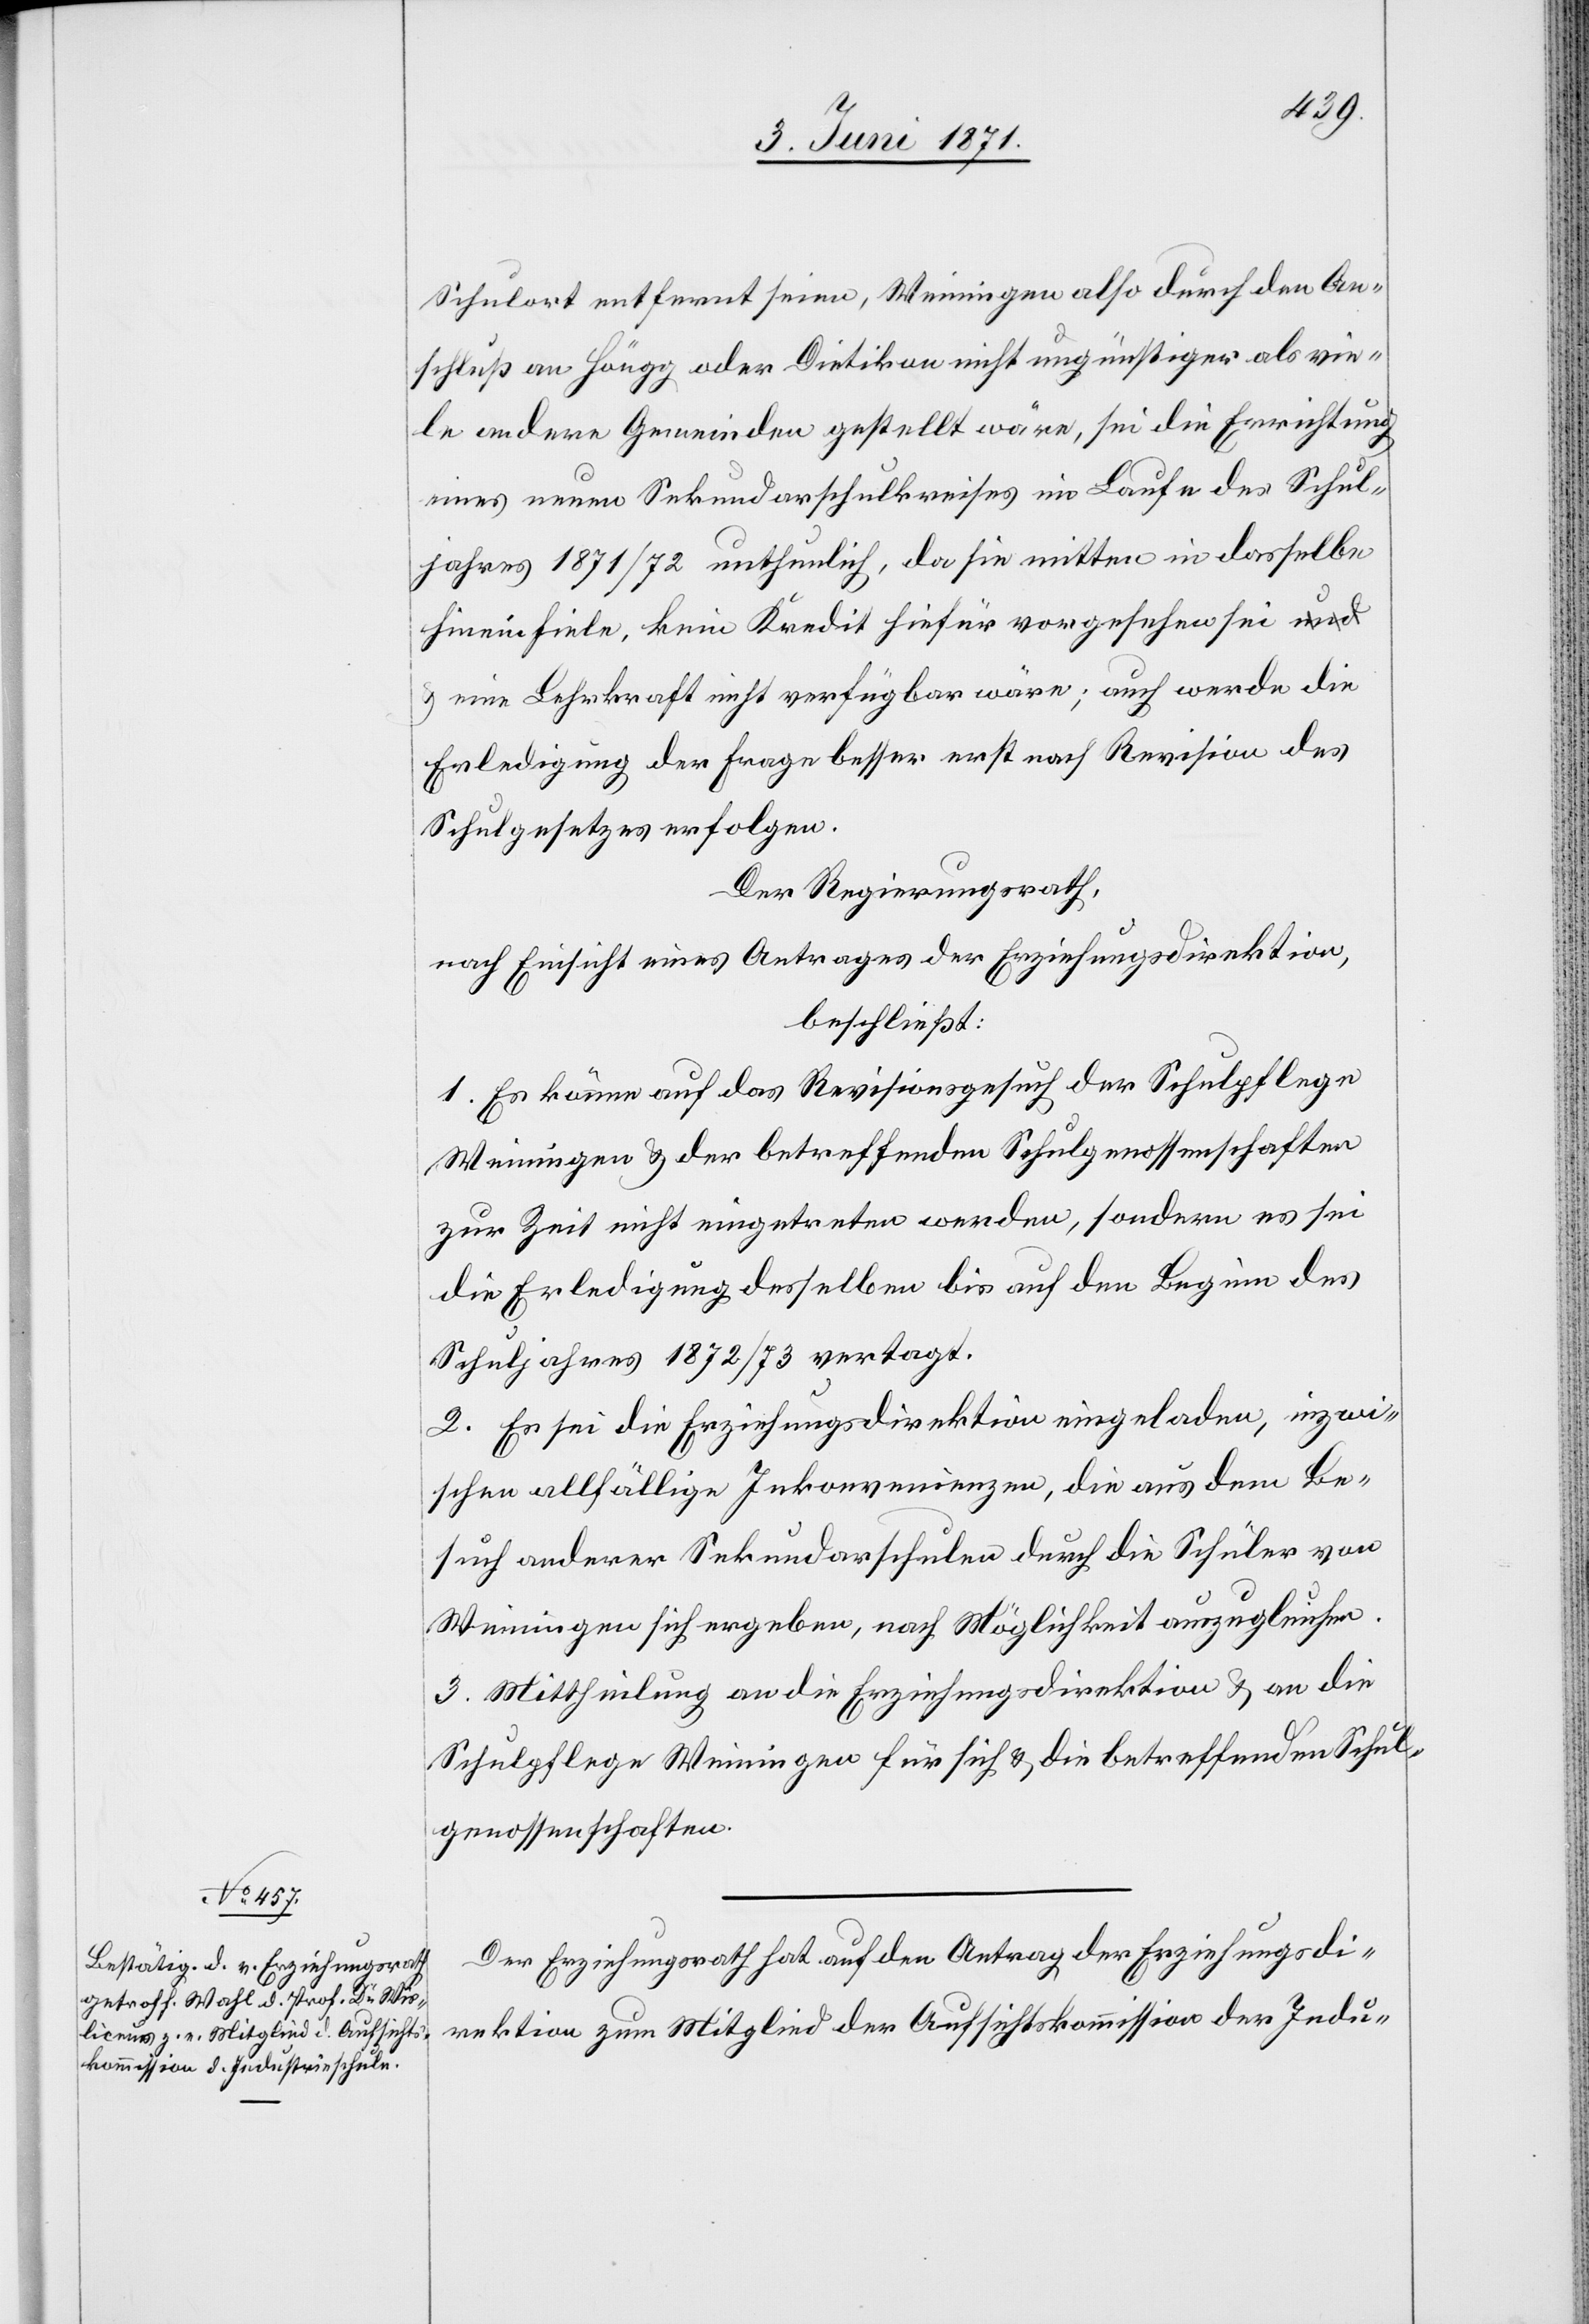
Schulort entfernt seien, Weiningen also durch den An¬
schluß an Höngg oder Dietikon nicht ungünstiger als vie¬
le andere Gemeinden gestellt wäre, sei die Errichtung
eines neuen Sekundarschulkreises im Laufe des Schul¬
jahres 1871/72 unthunlich, da sie mitten in dasselbe
hinein fiele, kein Kredit hiefür vorgesehen sei u.
eine Lehrkraft nicht verfügbar wäre; auch werde die
Erledigung der Frage besser erst nach Revision des
Schulgesetzes erfolgen.
Der Regierungsrath,
nach Einsicht eines Antrages der Erziehungsdirektion,
beschließt:
1. Es könne auf das Revisionsgesuch der Schulpflege
Weiningen u. der betreffenden Schulgenossenschaften
zur Zeit nicht eingetreten werden, sondern es sei
die Erledigung desselben bis auf den Beginn des
Schuljahres 1872/73 vertagt.
2. Es sei die Erziehungsdirektion eingeladen, inzwi¬
schen allfällige Inkonvenienzen, die aus dem Be¬
such anderer Sekundarschulen durch die Schüler von
Weiningen sich ergeben, nach Möglichkeit auszugleichen.
3. Mittheilung an die Erziehungsdirektion u. an die
Schulpflege Weiningen für sich u. die betreffenden Schul¬
genossenschaften.
Der Erziehungsrath hat auf den Antrag der Erziehungsdi¬
rektion zum Mitglied der Aufsichtskommission der Indu-